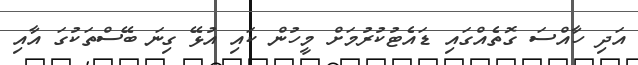
އަދި ހާއްސަ ގޮތެއްގައި ޑައެޓުކުރުމަށް މީހުން ކައި އުޅޭ ގިނަ ބޭސްތަކުގަ އާއި